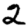
Digit: 2